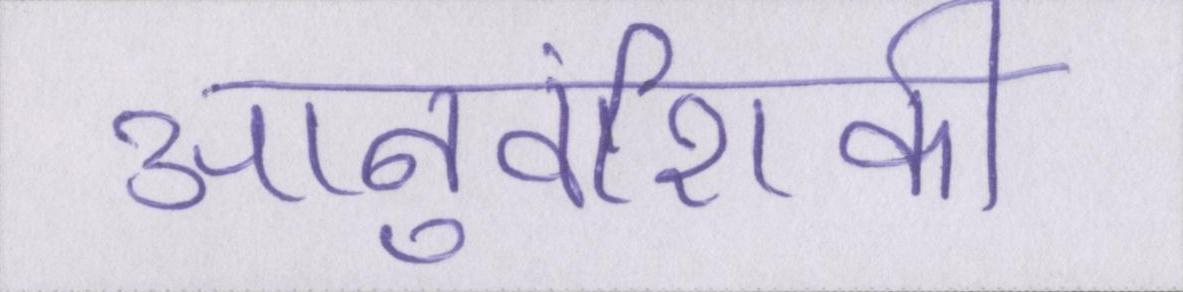
आनुवंशिकी